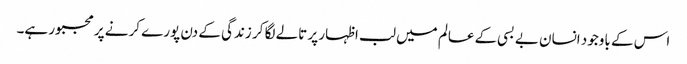
اس کے باوجود انسان بے بسی کے عالم میں لب اظہار پر تالے لگا کر زندگی کے دن پورے کرنے پر مجبور ہے۔